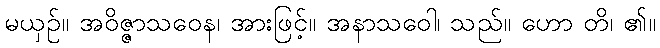
မယှဉ်။ အဝိဇ္ဇာသဝေန၊ အားဖြင့်။ အနာသဝေါ၊ သည်။ ဟော တိ၊ ၏။